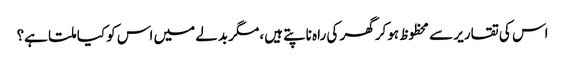
اس کی تقاریر سے محظوظ ہوکر گھر کی راہ ناپتے ہیں، مگر بدلے میں اس کو کیا ملتا ہے؟